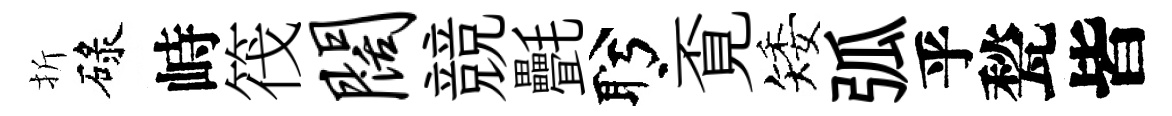
折碌峙筏阔競㲲盻覔矮弧乎甃皆